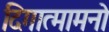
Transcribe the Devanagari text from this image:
दिगात्मामनो